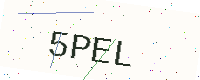
Text: 5PEL